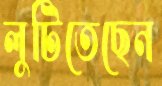
লুটিতেছেন